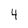
Character: 4